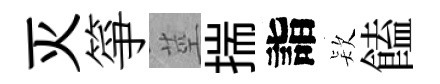
灭箏莖揣詣𣣇饁